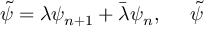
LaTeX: \tilde { \psi } = \lambda \psi _ { n + 1 } + \bar { \lambda } \psi _ { n } , \; \; \; \; \; \tilde { \psi }